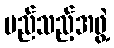
မည်သည့်အဖွဲ့